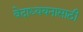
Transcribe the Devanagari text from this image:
वेदाध्ययनासाठी